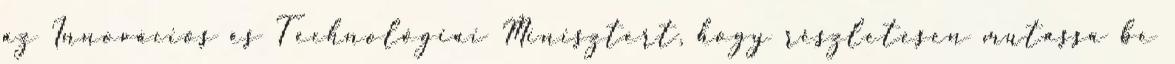
az Innovációs és Technológiai Minisztert, hogy részletesen mutassa be